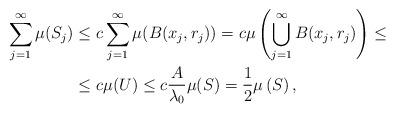
LaTeX: \begin{align*}\sum_{j=1}^{\infty}\mu(S_{j}) & \leq c\sum_{j=1}^{\infty}\mu(B(x_{j},r_{j}))=c\mu\left( \bigcup\limits_{j=1}^{\infty}B(x_{j},r_{j})\right)\leq\\& \leq c\mu(U)\leq c\frac{A}{\lambda_{0}}\mu(S)=\frac{1}{2}\mu\left(S\right) ,\end{align*}